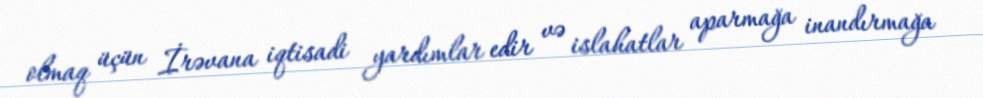
olmaq üçün İrəvana iqtisadi yardımlar edir və islahatlar aparmağa inandırmağa